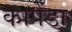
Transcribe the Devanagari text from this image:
कापेंडा